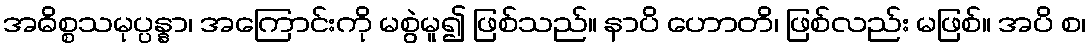
အဓိစ္စသမုပ္ပန္နာ၊ အကြောင်းကို မစွဲမူ၍ ဖြစ်သည်။ နာပိ ဟောတိ၊ ဖြစ်လည်း မဖြစ်။ အပိ စ၊